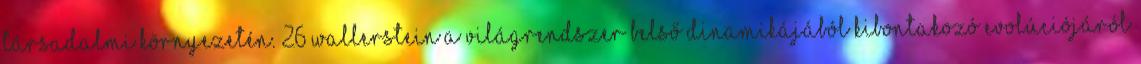
társadalmi környezetén.”26 Wallerstein a világrendszer belső dinamikájából kibontakozó evolúciójáról